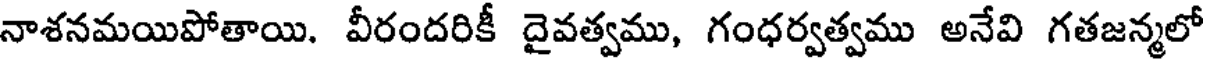
నాశనమయిపోతాయి. వీరందరికీ దైవత్వము, గంధర్వత్వము అనేవి గతజన్మలో